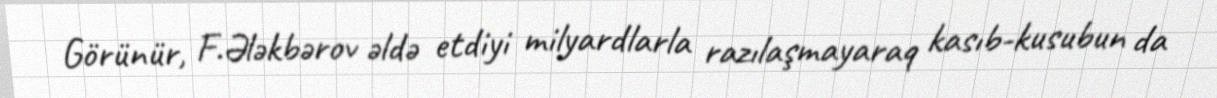
Görünür, F.Ələkbərov əldə etdiyi milyardlarla razılaşmayaraq kasıb-kusubun da